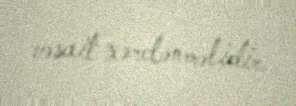
vəsait xərclənməlidir.